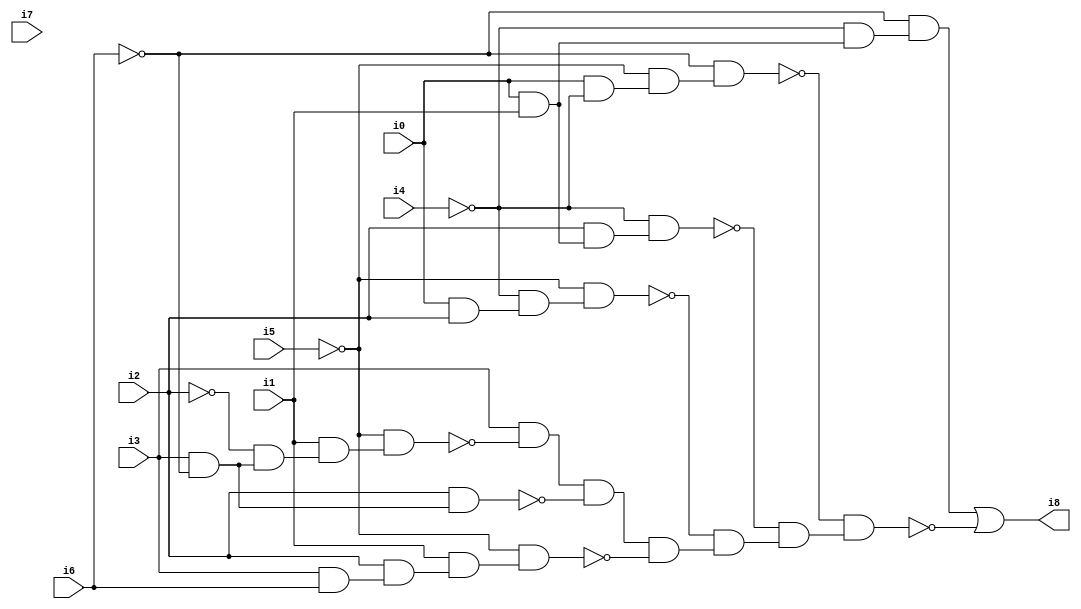
// Benchmark "SKOLEMFORMULA" written by ABC on Mon May  4 15:53:53 2020

module SKOLEMFORMULA ( 
    i0, i1, i2, i3, i4, i5, i6, i7,
    i8  );
  input  i0, i1, i2, i3, i4, i5, i6, i7;
  output i8;
  wire n10, n11, n12, n13, n14, n15, n16, n17, n18, n19, n20, n21, n22, n23,
    n24, n25, n26, n27, n28, n29, n30, n31, n32, n33, n34, n35;
  assign n10 = i0 & i2;
  assign n11 = ~i4 & n10;
  assign n12 = ~i5 & n11;
  assign n13 = i0 & i1;
  assign n14 = i2 & n13;
  assign n15 = ~i4 & n14;
  assign n16 = i0 & ~i4;
  assign n17 = ~i5 & n16;
  assign n18 = ~i6 & n17;
  assign n19 = ~i4 & n13;
  assign n20 = ~i6 & n19;
  assign n21 = i3 & ~i6;
  assign n22 = ~i2 & n21;
  assign n23 = i1 & n22;
  assign n24 = ~i5 & n23;
  assign n25 = i3 & ~n24;
  assign n26 = i2 & n21;
  assign n27 = n25 & ~n26;
  assign n28 = i3 & i6;
  assign n29 = i2 & n28;
  assign n30 = i1 & n29;
  assign n31 = ~i5 & n30;
  assign n32 = n27 & ~n31;
  assign n33 = ~n12 & n32;
  assign n34 = ~n15 & n33;
  assign n35 = ~n18 & n34;
  assign i8 = n20 | ~n35;
endmodule